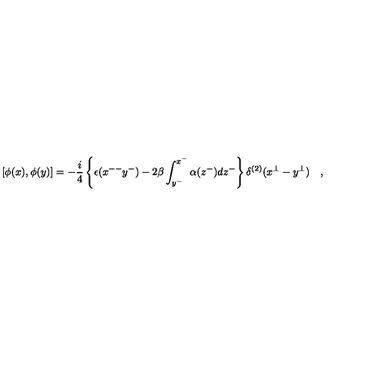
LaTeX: \left[ \phi ( x ) , \phi ( y ) \right] = - \frac { i } { 4 } \left\{ \epsilon ( x ^ { -- } y ^ { - } ) - 2 \beta \int _ { y ^ { - } } ^ { x ^ { - } } \alpha ( z ^ { - } ) d z ^ { - } \right\} \delta ^ { ( 2 ) } ( x ^ { \bot } - y ^ { \bot } ) \quad ,